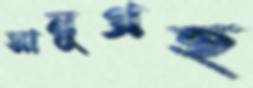
সানুগ্রহ